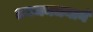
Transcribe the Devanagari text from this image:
तनमनधनाने